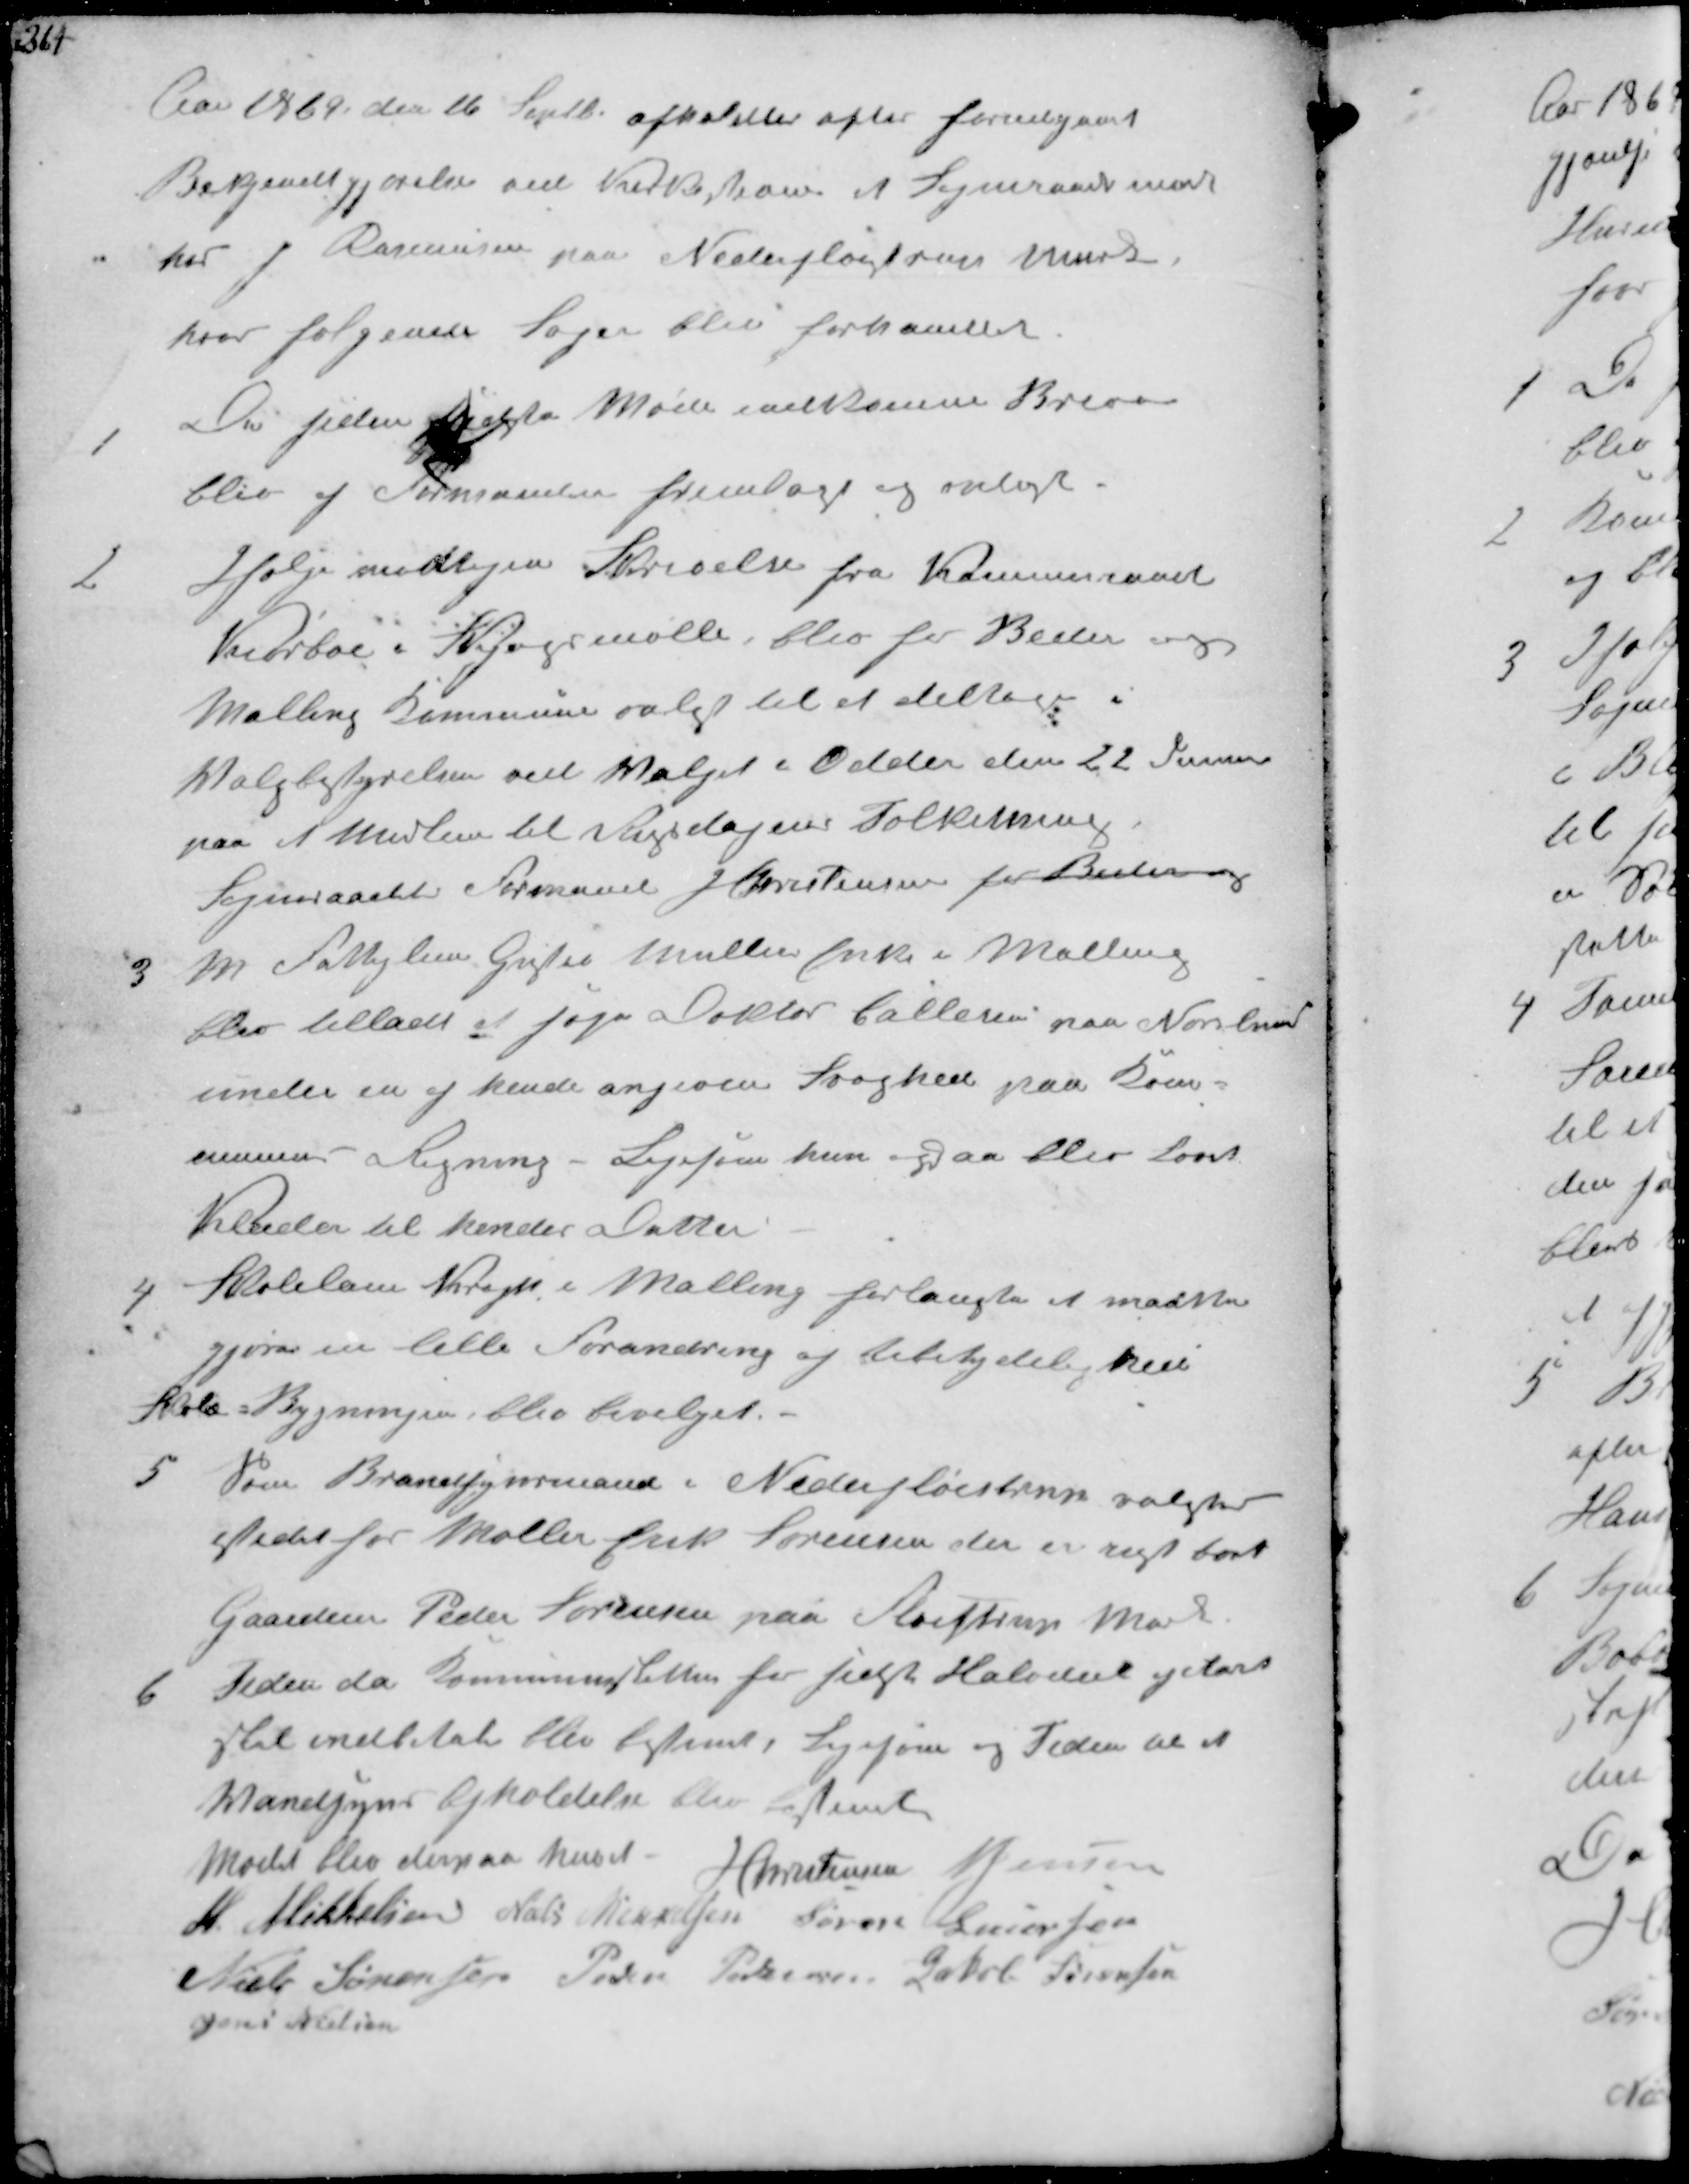
Transskription:
Aar 1869 den 16 Septbr afholdtes efter forudgaaet
Bekjendtgjørelse ved Kirkestævne et Sogneraadsmøde
hos J Rasmusen paa Nederfløjstrup Mark
hvor følgende Sager blev forhandlet

1
De siden sidste Møde indkomne Breve
bliv af Formanden fremlagt og oplæst

2
Ifølge modtagen Skrivelse fra Kammeraad
Nedboe i Kongsmølle, blev for Beder og
Malling Kommune valgt til at deltage i
Valgbestyrelsen vil Valget i Odder den 22 Januar
paa et Medlem til Rigsdagens Folketing
Sogneraadets Formand J Christensen for Beder og

3. Fattiglem Gustav Müllers Enke i Malling
blev tilladt at søge Doctor Callesen paa Norslund
under en af hende angiven Svaghed paa Kom-
munens Regning. Ligesom hun ogsaa blev lovet
Klæder til hendes Datter

4
Skolelærer Krogh i Malling forlangte at maatte
gjøre en lille Forandring af Ubetydelig Deel
Skole Bygningen, blev bevilget.

5
Som Brandsynsmand i Nederfløistrup valgtes
istedet for Møller Erik Sørensen der er rejst bort
Gaardeier Peder Sørensen paa Fløistrup Mark

6
Tiden da Kommuneskatten for sidste Halvaar
skal indbetales blev bestemt, Ligesom og Tiden at et
Mandsyns Afholdelse blev bestemt
Mødet blev derpaa hævet J Christensen N Jensen
M Mikkelsen Niels Nielsen Søren Laursen
Niels Sørensen Peder Pedersen Jakob Sørensen
Jens Nielsen